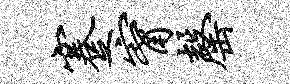
蹇甯罄